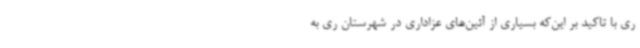
ری با تاکید بر این‌که بسیاری از آئین‌های عزاداری در شهرستان ری به